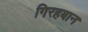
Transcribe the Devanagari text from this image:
गिरहबान